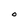
Character: O